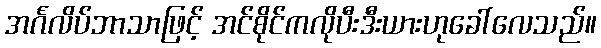
အင်္ဂလိပ်ဘာသာဖြင့် အင်စိုင်ကလိုပီးဒီးယားဟုခေါ်လေသည်။